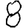
Digit: 8